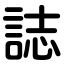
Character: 誌